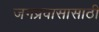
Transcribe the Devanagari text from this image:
जगप्रवासासाठी